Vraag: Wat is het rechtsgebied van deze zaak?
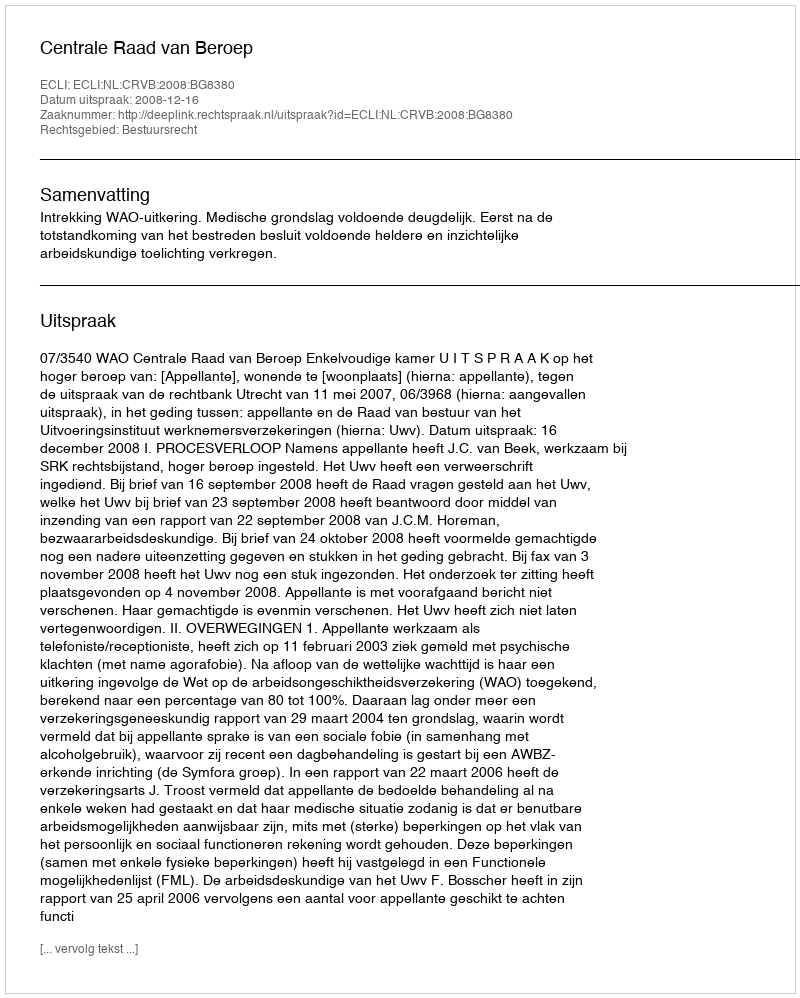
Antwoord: Bestuursrecht